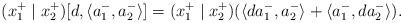
LaTeX: \begin{align*}(x_{1}^{+}\mid x_{2}^{+})[d,\langle a_{1}^{-},a_{2}^{-}\rangle]=(x_{1}^{+}\mid x_{2}^{+})(\langle da_{1}^{-},a_{2}^{-}\rangle+\langle a_{1}^{-},da_{2}^{-}\rangle).\end{align*}